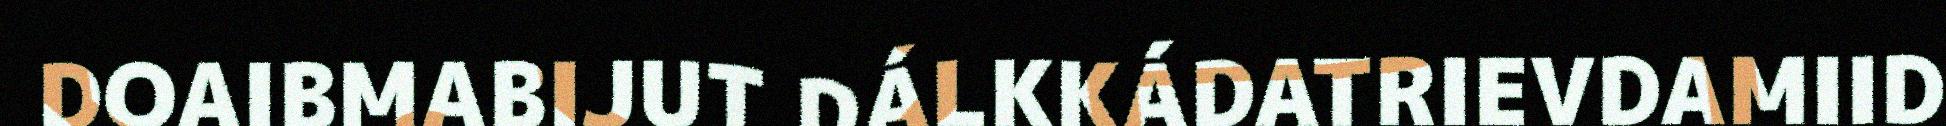
DOAIBMABIJUT DÁLKKÁDATRIEVDAMIID